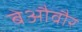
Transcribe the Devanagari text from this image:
बेऔवौर